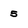
Character: 5